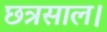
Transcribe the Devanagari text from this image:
छत्रसाल।